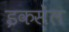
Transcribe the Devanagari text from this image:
इकसेल